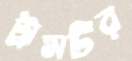
ট্রামটির